Preliminary report on the killing of rats and rat fleas by hydrocyanic acid gas - Number 38
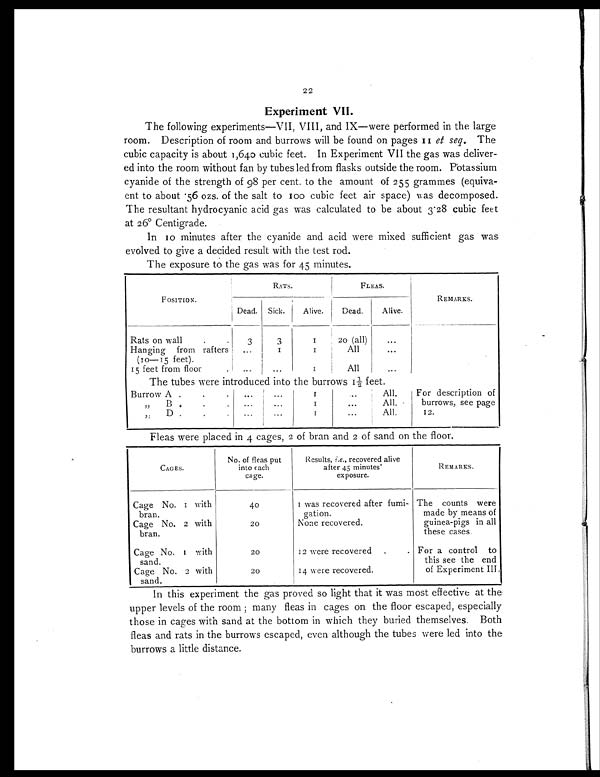
22
Experiment VII.
The following experiments—VII, VIII, and IX—were performed in the large
room. Description of room and burrows will be found on pages 11 et seq. The
cubic capacity is about 1,640 cubic feet. In Experiment VII the gas was deliver-
ed into the room without fan by tubes led from flasks outside the room. Potassium
cyanide of the strength of 98 per cent. to the amount of 255 grammes (equiva-
ent to about .56 ozs. of the salt to 100 cubic feet air space) was decomposed.
The resultant hydrocyanic acid gas was calculated to be about 3.28 cubic feet
at 26° Centigrade.
In 10 minutes after the cyanide and acid were mixed sufficient gas was
evolved to give a decided result with the test rod.
The exposure to the gas was for 45 minutes.
POSITION.
RATS.
FLEAS.
REMARKS.
Dead. Sick.
Alive.
Dead.
Alive.
Rats on wall
.
.
3
3
1
20 (all)
. . .
Hanging from rafters
...
1
1
All
. . .
(10—15 feet).
15 feet from floor
.
...
...
1
All
. . .
The tubes were introduced into the burrows 1½ feet.
Burrow A
.
.
. ...
...
1
..
All.
For description of
burrows, see page
12.
„ B
.
.
.
. . .
...
1
...
All.
„ D .
.
.
...
...
1
...
All.
Fleas were placed in 4 cages, 2 of bran and 2 of sand on the floor.
CAGES.
No. of fleas put
into each
cage.
Results, i.e., recovered alive
after 45 minutes'
exposure.
REMARKS.
Cage No. 1 with
bran.
40
1 was recovered after fumi-
gation.
The counts were
made by means of
guinea-pigs in all
these cases.
Cage No. 2 with
bran.
20
None recovered.
Cage No. 1 with
sand.
20
12 were recovered
.
. For a control to
this see the end
of Experiment III.
Cage No. 2 with
sand.
20
14 were recovered.
In this experiment the gas proved so light that it was most effective at the
upper levels of the room; many fleas in cages on the floor escaped, especially
those in cages with sand at the bottom in which they buried themselves. Both
fleas and rats in the burrows escaped, even although the tubes were led into the
burrows a little distance.